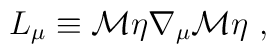
L_\mu\equiv{\cal M}\eta\nabla_\mu{\cal M}\eta\ ,